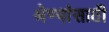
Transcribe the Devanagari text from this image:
श्रेण्यांसाठी